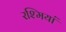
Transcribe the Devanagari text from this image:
रश्मियां